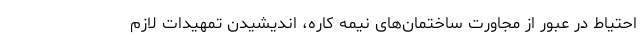
احتیاط در عبور از مجاورت ساختمان‌های نیمه کاره، اندیشیدن تمهیدات لازم